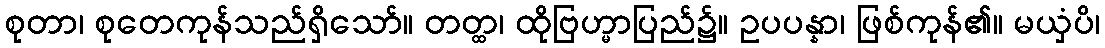
စုတာ၊ စုတေကုန်သည်ရှိသော်။ တတ္ထ၊ ထိုဗြဟ္မာပြည်၌။ ဥပပန္နာ၊ ဖြစ်ကုန်၏။ မယှံပိ၊